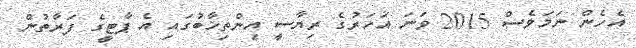
އެހެން ނަމަވެސް 2015 ވަނަ އަހަރުގެ ރިޔާސީ އިންތިޚާބުގައި އެ ޕާޓީގެ ފަރާތުން